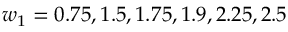
w _ { 1 } = 0 . 7 5 , 1 . 5 , 1 . 7 5 , 1 . 9 , 2 . 2 5 , 2 . 5